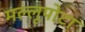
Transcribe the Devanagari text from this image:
मल्लूपोटा